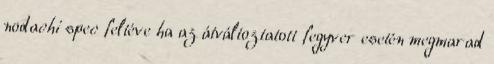
nodachi spec feltéve ha az átváltoztatott fegyver esetén megmarad